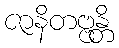
ဇာနိတဗ္ဗန္တိ